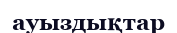
ауыздықтар